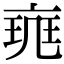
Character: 𠅪